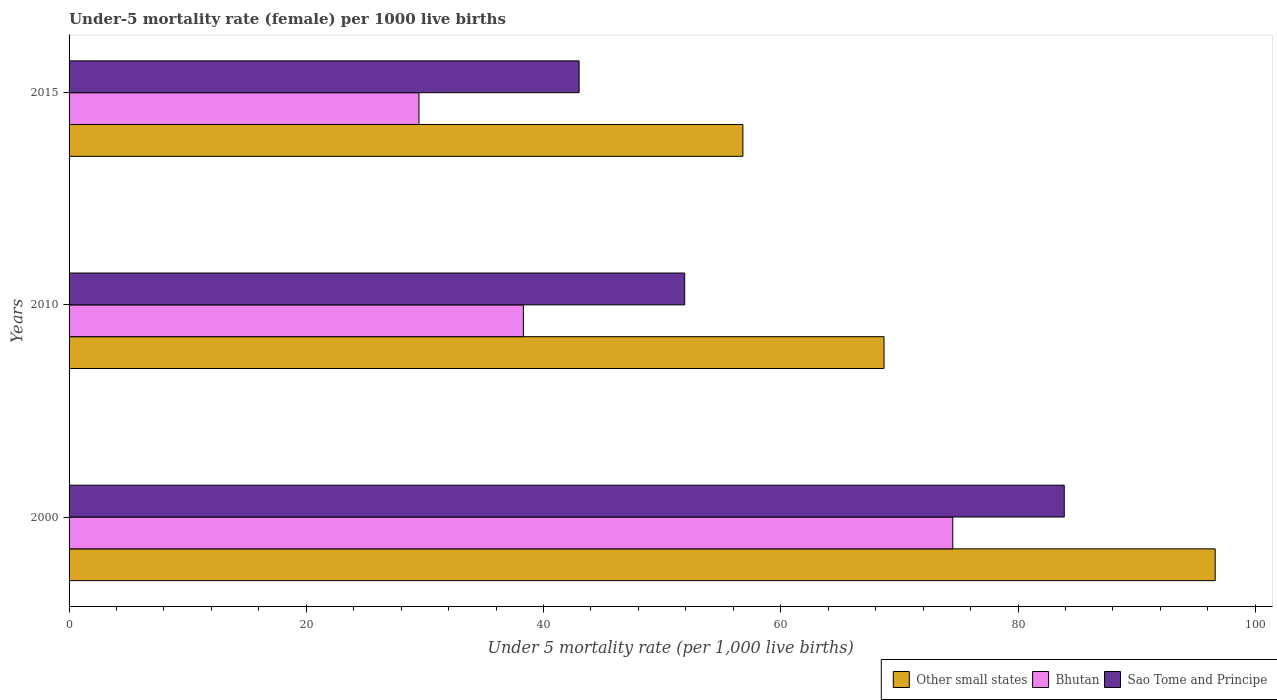
| Years | Other small states | Bhutan | Sao Tome and Principe |
 | --- | --- | --- | --- |
 | 2000 | 96.6 | 74.5 | 83.9 |
 | 2010 | 68.7 | 38.3 | 51.9 |
 | 2015 | 56.8 | 29.5 | 43 |